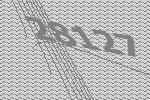
28127